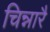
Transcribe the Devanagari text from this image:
चिन्नारै